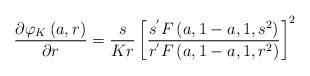
LaTeX: \begin{align*} \frac{\partial\varphi_{K}\left(a,r\right)}{\partial r}=\frac{s}{Kr}\left[\frac{s^{'}F\left(a,1-a,1,s^{2}\right)}{r^{'}F\left(a,1-a,1,r^{2}\right)}\right]^{2}\end{align*}